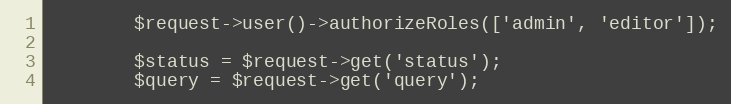
Language: PHP
        $request->user()->authorizeRoles(['admin', 'editor']);

        $status = $request->get('status');
        $query = $request->get('query');